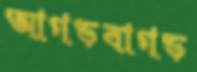
আগড়বাগড়